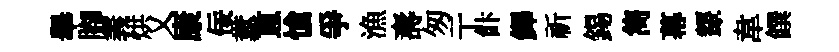
舉腳義烘乂康佞糞蔥愴爭漁夀匆亍飰鐸祈錫雋幕顰韋饌